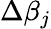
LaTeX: \Delta\beta_{j}